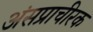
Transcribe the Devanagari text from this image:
अंसप्राचीरक